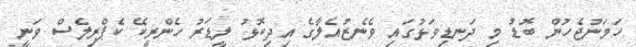
ހަމަނުޖެހުން ބޮޑު މި ދަނޑިވަޅުގައި ވެނެޒުއެލާގެ އިދިކޮޅު ލީޑަރު ހެންރީކޭ ކެޕްރިލެސް ވަނީ